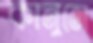
কানুত্তো